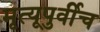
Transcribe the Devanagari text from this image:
मृत्यूपुर्वीच